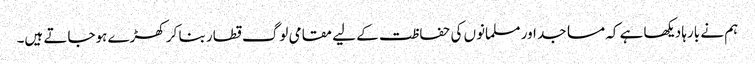
ہم نے بارہا دیکھا ہے کہ مساجد اور مسلمانوں کی حفاظت کے لیے مقامی لوگ قطار بنا کر کھڑے ہوجاتے ہیں۔